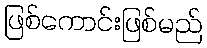
ဖြစ်ကောင်းဖြစ်မည်